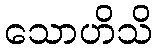
သောဟိသိ